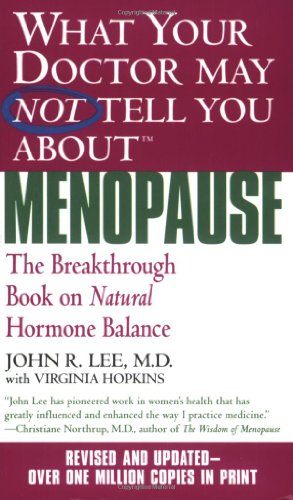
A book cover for What Your Doctor May Not Tell You About Menopause (TM): The Breakthrough Book on Natural Hormone Balance; John R. Lee; Health, Fitness & Dieting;